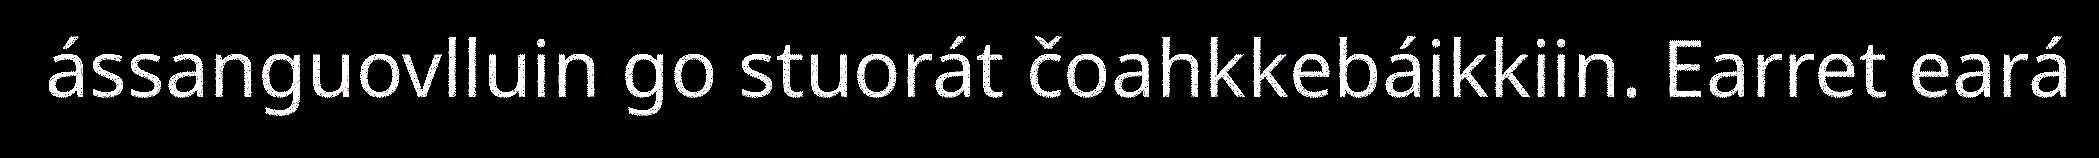
ássanguovlluin go stuorát čoahkkebáikkiin. Earret eará